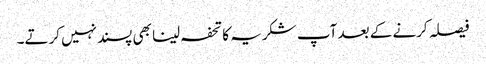
فیصلہ کرنے کے بعد آپ شکریہ کا تحفہ لینا بھی پسندنہیں کرتے۔